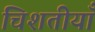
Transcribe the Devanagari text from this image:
चिशतीयाँ